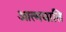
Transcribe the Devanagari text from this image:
आत्मघाति